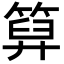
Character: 𥰩